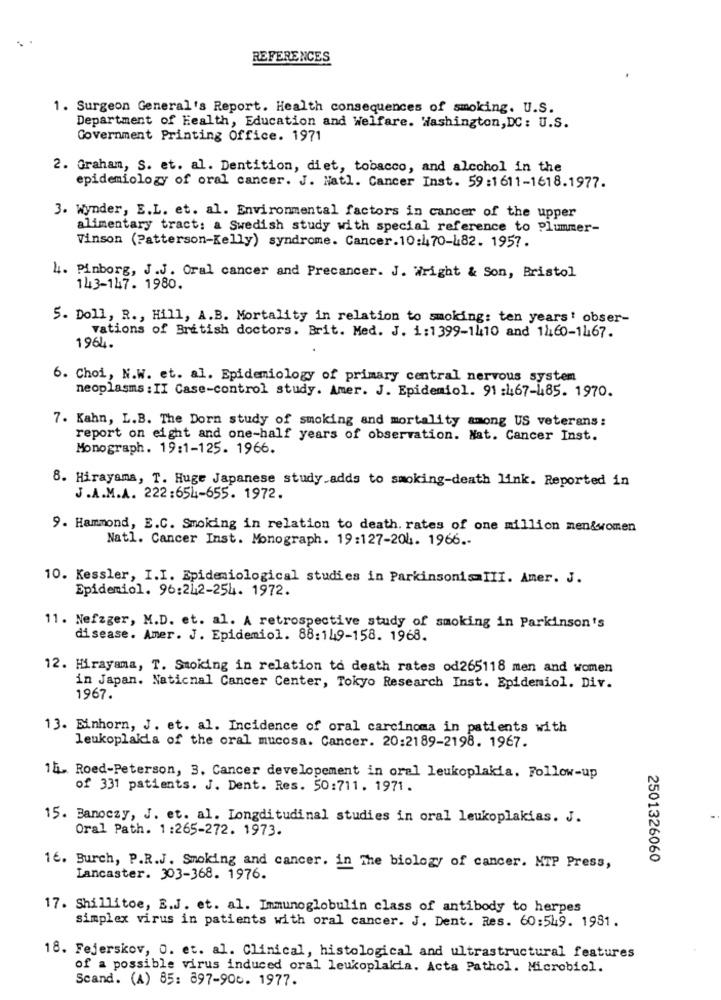
REFERENCES
1. Surgeon General's Report. Health consequences of smoking. U.S.
Department of Health, Education and Welfare. Washington, DC: U.S.
Government Printing Office. 1971
2. Graham, S. et. al. Dentition, diet, tobacco, and alcohol in the
epidemiology of oral cancer. J. Natl. Cancer Inst. 59:1611-1618.1977.
3. Wynder, E.L. et. al. Environmental factors in cancer of the upper
alimentary tract: a Swedish study with special reference to Plummer-
Vinson (Patterson-Kelly) syndrome. Cancer. 10:470-482. 1957.
4. Pinborg, J.J. Oral cancer and Precancer. J. Wright & Son, Bristol
143-147. 1980.
5. Doll, R ., Hill, A.B. Mortality in relation to smoking: ten years' obser-
vations of British doctors. Brit. Med. J. 1:1399-1410 and 1460-1467.
1964.
6. Choi, N.W. et. al. Epidemiology of primary central nervous system
neoplasms : II Case-control study. Amer. J. Epidemiol. 91 :467-485. 1970.
7. Kahn, L.B. The Dorn study of smoking and mortality among US veterans:
report on eight and one-half years of observation. Nat. Cancer Inst.
Monograph. 19:1-125. 1966.
8. Hirayama, T. Huge Japanese study.adds to smoking-death link. Reported in
J.A.M.A. 222:654-655. 1972.
9. Hammond, E.C. Smoking in relation to death. rates of one million men&women
Natl. Cancer Inst. Monograph. 19:127-204. 1966 .-
10. Kessler, I.I. Epidemiological studies in ParkinsonismIII. Amer. J.
Epidemiol. 96:242-254. 1972.
11. Nefzger, M.D. et. al. A retrospective study of smoking in Parkinson's
disease. Amer. J. Epidemiol. 88:149-158. 1968.
12. Hirayama, T. Smoking in relation to death rates od265118 men and women
in Japan. National Cancer Center, Tokyo Research Inst. Epidemiol. Div.
1967.
13. Einhorn, J. et. al. Incidence of oral carcinoma in patients with
leukoplakia of the oral mucosa. Cancer. 20:2189-2198. 1967.
15. Roed-Peterson, 3. Cancer developement in oral leukoplakia. Follow-up
of 331 patients. J. Dent. Res. 50:711. 1971.
15. Banoczy, J. et. al. Iongditudinal studies in oral leukoplakias. J.
Oral Path. 1:265-272. 1973.
2501326060
16. Burch, P.R.J. Smoking and cancer. in The biology of cancer. MTP Press,
Lancaster. 303-368. 1976.
17. Shillitoe, B.J. et. al. Immunoglobulin class of antibody to herpes
simplex virus in patients with oral cancer. J. Dent. Res. 60:549. 1981.
18. Fejerskov, O. et. al. Clinical, histological and ultrastructural features
of a possible virus induced oral leukoplakia. Acta Pathol. Microbiol.
Scand. (A) 85: 897-906. 1977.